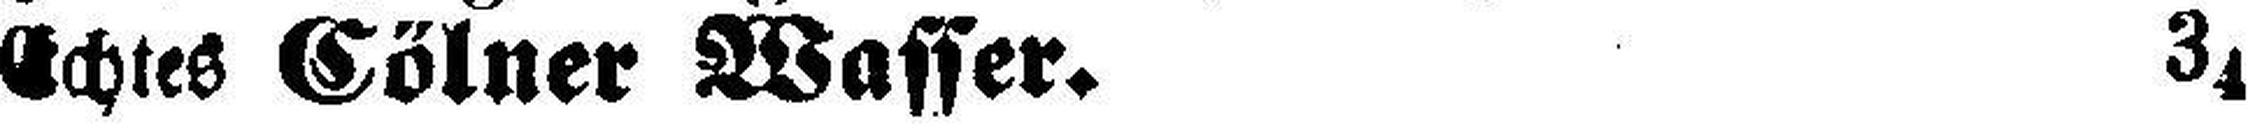
Echtes Cölner Wasser. 34